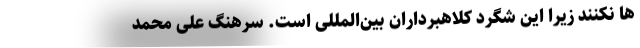
ها نکنند زیرا این شگرد کلاهبرداران بین‌المللی است. سرهنگ علی‌ محمد